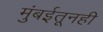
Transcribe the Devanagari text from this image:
मुंबईतूनही